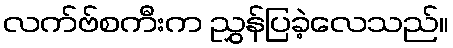
လက်ဗ်စကီးက ညွှန်ပြခဲ့လေသည်။